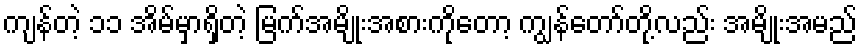
ကျန်တဲ့ ၁၁ အိမ်မှာရှိတဲ့ မြက်အမျိုးအစားကိုတော့ ကျွန်တော်တို့လည်း အမျိုးအမည်